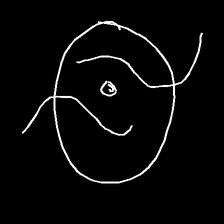
Glyph: repetition